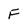
Character: F